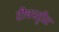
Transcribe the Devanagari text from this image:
टीचस्ट्रीट